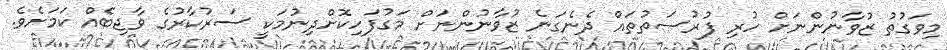
މިވަގުތު ޒުވާނުންނަށް ހުރި ފުރުސަތުތައް ދެނެގަނެ ޒުވާނުންނަށް މަގުފަހިކޮށްދިނުމަކީ ސަރުކާރުގެ ވާޖިބެއް ކަމަށެވެ.